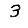
Digit: 3